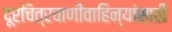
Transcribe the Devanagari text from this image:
दूरचित्रवाणीवाहिन्यांसाठी